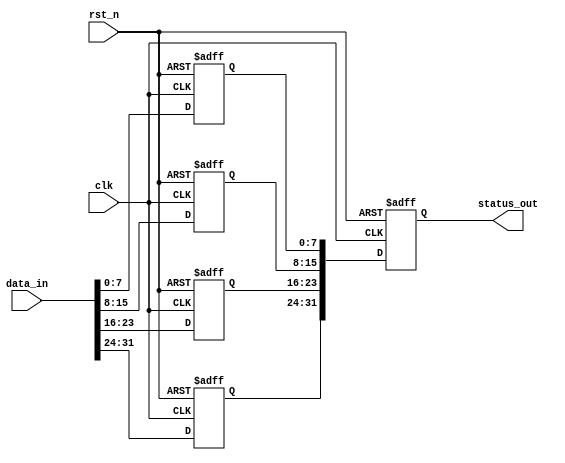
module MemoryBlockFFDetector #(
    parameter NUM_BLOCKS = 4,      // Number of memory blocks
    parameter BLOCK_SIZE = 8        // Number of flip-flops per block
)(
    input wire clk,                 // Main clock signal
    input wire rst_n,               // Asynchronous reset (active low)
    input wire [NUM_BLOCKS*BLOCK_SIZE-1:0] data_in, // Input data for flip-flops
    output reg [NUM_BLOCKS*BLOCK_SIZE-1:0] status_out // Status register output
);

    // Memory block definition
    reg [BLOCK_SIZE-1:0] memory_block [0:NUM_BLOCKS-1];
    reg [BLOCK_SIZE-1:0] prev_state [0:NUM_BLOCKS-1]; // Previous state for edge detection

    // Edge detection logic
    reg [BLOCK_SIZE-1:0] rising_edge [0:NUM_BLOCKS-1];
    reg [BLOCK_SIZE-1:0] falling_edge [0:NUM_BLOCKS-1];

    // Asynchronous reset and state capture
    integer i, j;
    always @(posedge clk or negedge rst_n) begin
        if (!rst_n) begin
            // Reset all memory blocks and status
            for (i = 0; i < NUM_BLOCKS; i = i + 1) begin
                memory_block[i] <= {BLOCK_SIZE{1'b0}};
                prev_state[i] <= {BLOCK_SIZE{1'b0}};
                rising_edge[i] <= {BLOCK_SIZE{1'b0}};
                falling_edge[i] <= {BLOCK_SIZE{1'b0}};
            end
            status_out <= {NUM_BLOCKS*BLOCK_SIZE{1'b0}};
        end else begin
            // Capture state on clock edge
            for (i = 0; i < NUM_BLOCKS; i = i + 1) begin
                memory_block[i] <= data_in[BLOCK_SIZE*i +: BLOCK_SIZE];
                // Edge detection
                for (j = 0; j < BLOCK_SIZE; j = j + 1) begin
                    if (memory_block[i][j] && !prev_state[i][j]) begin
                        rising_edge[i][j] <= 1'b1; // Rising edge detected
                    end else begin
                        rising_edge[i][j] <= 1'b0;
                    end
                    if (!memory_block[i][j] && prev_state[i][j]) begin
                        falling_edge[i][j] <= 1'b1; // Falling edge detected
                    end else begin
                        falling_edge[i][j] <= 1'b0;
                    end
                    // Update previous state
                    prev_state[i][j] <= memory_block[i][j];
                end
            end
            // Update status output
            for (i = 0; i < NUM_BLOCKS; i = i + 1) begin
                status_out[BLOCK_SIZE*i +: BLOCK_SIZE] <= memory_block[i];
            end
        end
    end

endmodule